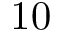
1 0